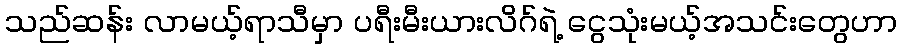
သည်ဆန်း လာမယ့်ရာသီမှာ ပရီးမီးယားလိဂ်ရဲ့ ငွေသုံးမယ့်အသင်းတွေဟာ